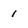
Character: 1